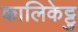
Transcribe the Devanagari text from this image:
कालिकेट्टु